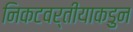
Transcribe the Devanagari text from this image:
निकटवर्तीयाकडुन